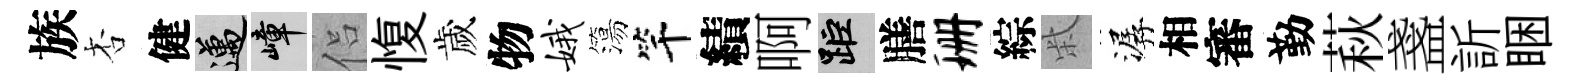
族杏健邁嶂侣愎歲物娥簜竿績啊距膳珊綜柴潺相審勤萩盞訢睏